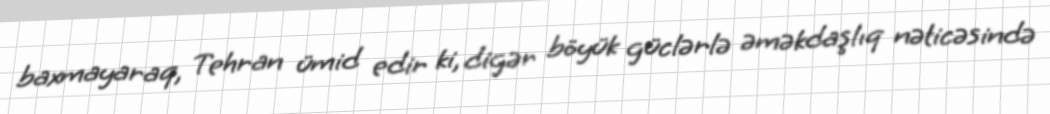
baxmayaraq, Tehran ümid edir ki, digər böyük güclərlə əməkdaşlıq nəticəsində